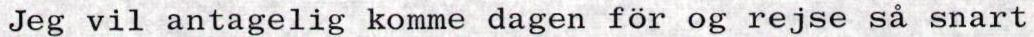
Jeg vil antagelig komme dagen för og rejse så snart